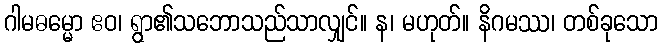
ဂါမဓမ္မော ဧဝ၊ ရွာ၏သဘောသည်သာလျှင်။ န၊ မဟုတ်။ နိဂမဿ၊ တစ်ခုသော